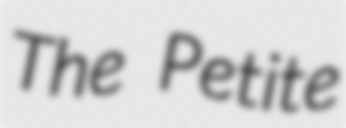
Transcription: The Petite